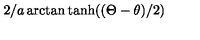
2 / a \arctan \tanh ( ( \Theta - \theta ) / 2 )